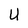
Character: U